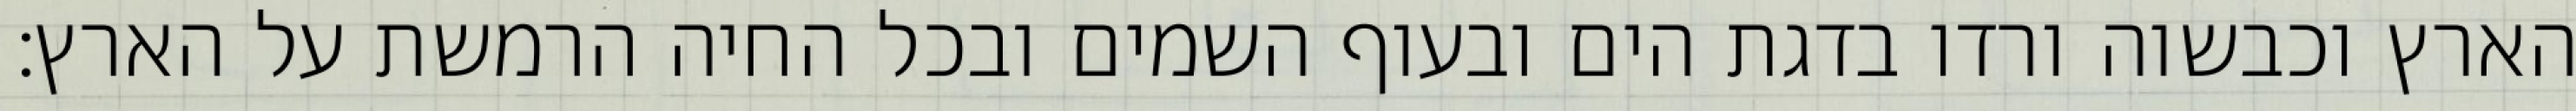
הארץ וכבשוה ורדו בדגת הים ובעוף השמים ובכל החיה הרמשת על הארץ׃